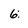
Character: 6